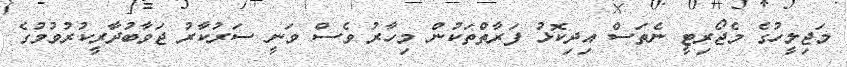
މަޖިލީހުގެ މެޖޯރިޓީ ނެތަސް އިދިކޮޅު ފަރާތްތަކުން މިހާރު ވެސް ވަނީ ސަރުކާރު ޖަވާބުދާރީކުރުވުމުގެ